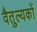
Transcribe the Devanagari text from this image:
वैतुल्यकों